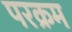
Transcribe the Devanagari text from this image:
परक्रम